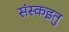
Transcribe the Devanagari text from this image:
संस्कइतु